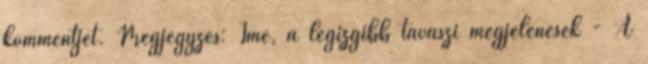
kommentjét. Megjegyzés: Íme, a legizgibb tavaszi megjelenések - A